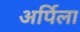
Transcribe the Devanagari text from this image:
अर्पिला